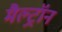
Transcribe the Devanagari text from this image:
मैल्ट्रॉन